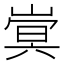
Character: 𫶍